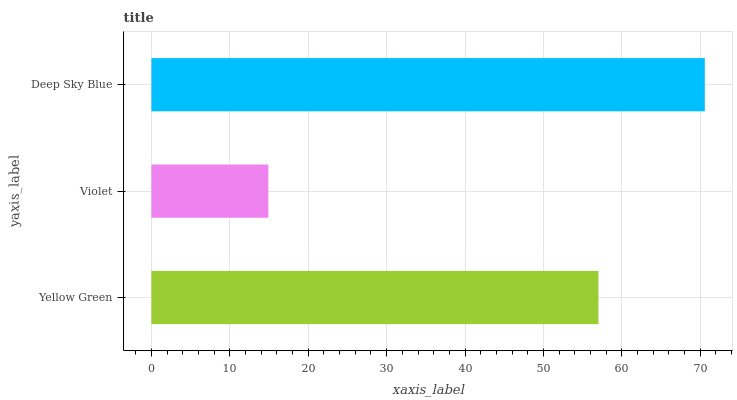
| yaxis_label | bars |
 | --- | --- |
 | Yellow Green | 57 |
 | Violet | 14.9 |
 | Deep Sky Blue | 70.6 |